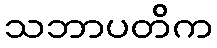
သဘာပတိက